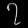
Digit: ၇